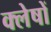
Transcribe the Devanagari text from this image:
क्लेषों